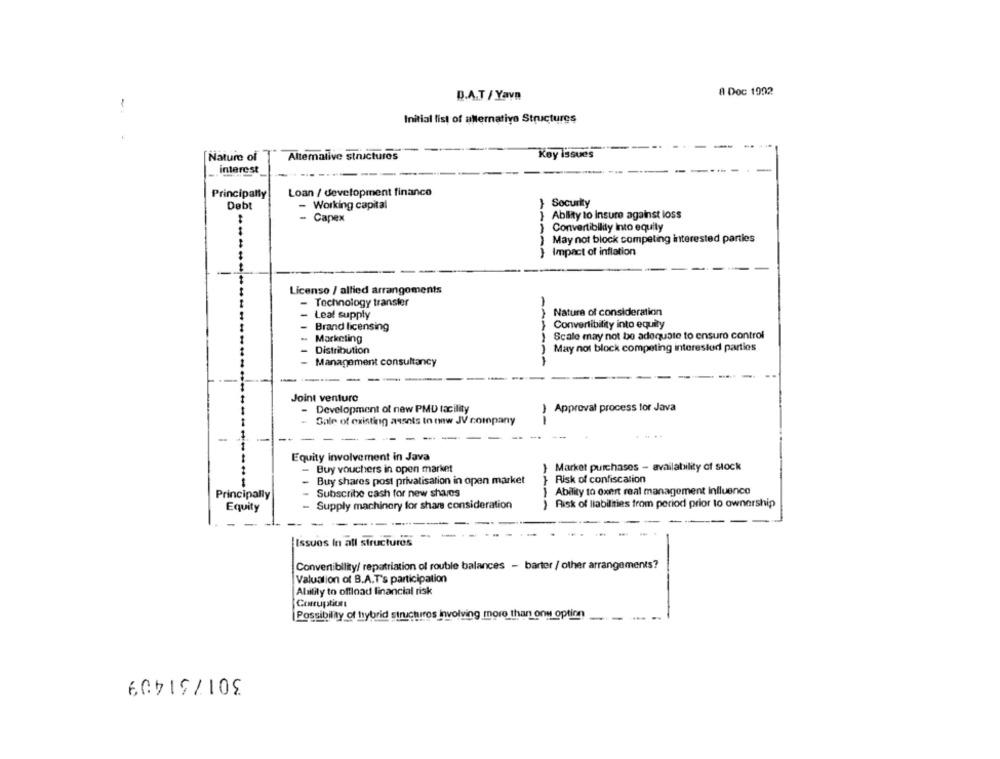
A Doc 1992
D.A.T / Yava
-
Initial list of allernativo Structures
Nature of
Altemative structures
Koy issues
interest
Principally
Loan / development financo
Debt
- Working capital
} Security
- Capex
Ability to insure against loss
Convertibility Into equity
May not block competing interested parties
Impact of inflation
Licenso / allied arrangements
- Technology transfer
Natura of consideration
- Leal supply
Brand licensing
Convertibility into equity
Scale may not be adequate to ensure control
Marketing
Distribution
May not block competing interested parties
Management consultancy
----
---
Joint venture
- Development of new PMD facility
Approval process for Java
Sale of existing assets to mw JV company
--
----
- --
-
- -
Equity involvement in Java
Buy vouchers in open market
} Market purchases - availability of stock
Risk of confiscation
Buy shares post privatisation in open market
Subscribe cash for new shares
Ability to oxert real management influence
Principally
Equity
Supply machinery for share consideration
Risk of liabilities from period prior to ownership
--
-
Issues In all structures
Convertibility/ repatriation of rouble balances - barter / other arrangements?
Valuation of B.A.T's participation
Alnility to offload financial risk
Corruption
Possibility of hybrid structuros Involving more than ony option
--
301751409